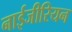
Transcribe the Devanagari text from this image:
नाईजीरियन